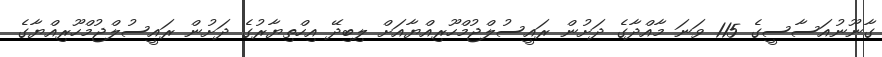
ގާނޫނުއަސާސީގެ 115 ވަނަ މާއްދާގެ ދަށުން ރައީސުލްޖުމްހޫރިއްޔާއަށް ލިބިދޭ އިހްތިޔާރުގެ ދަށުން ރައީސުލްޖުމްހޫރިއްޔާގެ